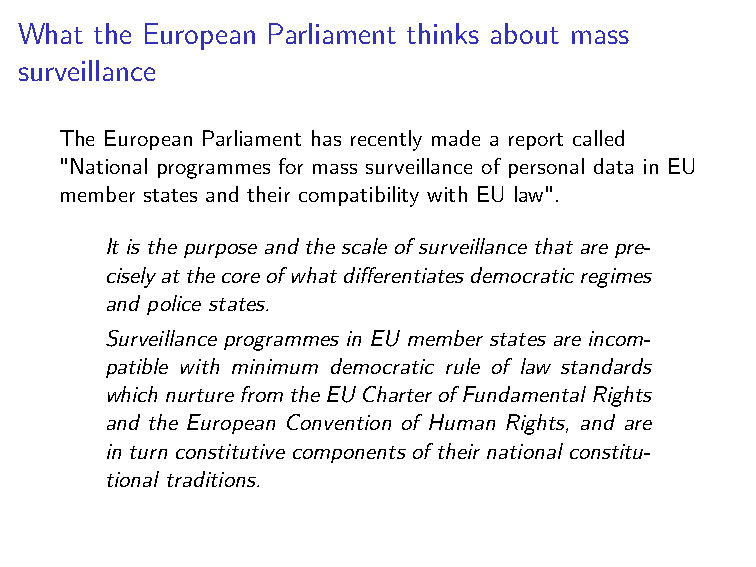
What the European Parliament thinks about mass
 surveillance
 The European Parliament has recently made a report called
 "National programmes for mass surveillance of personal data in EU
 member states and their compatibility with EU law".
 It is the purpose and the scale of surveillance that are pre-
 ciselyatthecoreofwhatdifferentiatesdemocraticregimes
 and police states.
 Surveillance programmes in EU member states are incom-
 patible with minimum democratic rule of law standards
 whichnurturefromtheEUCharterofFundamentalRights
 and the European Convention of Human Rights, and are
 in turn constitutive components of their national constitu-
 tional traditions.